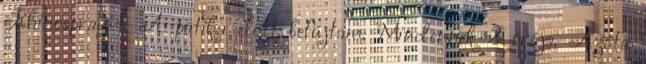
Rhinospray-t. A patika előtt befújtam. Mindennek 2 órája. Azóta